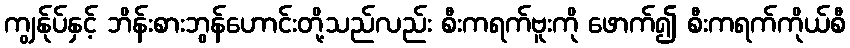
ကျွန်ုပ်နှင့် ဘိန်းစားဘွန်ဟောင်းတို့သည်လည်း စီးကရက်ဗူးကို ဖောက်၍ စီးကရက်ကိုယ်စီ